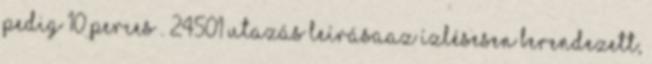
pedig 10 perces . 24501 Utazás leírásaAz ízlésesen berendezett,